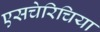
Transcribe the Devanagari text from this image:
एसचेरिचिया